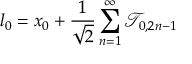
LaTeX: l _ { 0 } = x _ { 0 } + \frac { 1 } { \sqrt { 2 } } \sum _ { n = 1 } ^ { \infty } \mathcal { T } _ { 0 , 2 n - 1 }